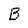
Character: B